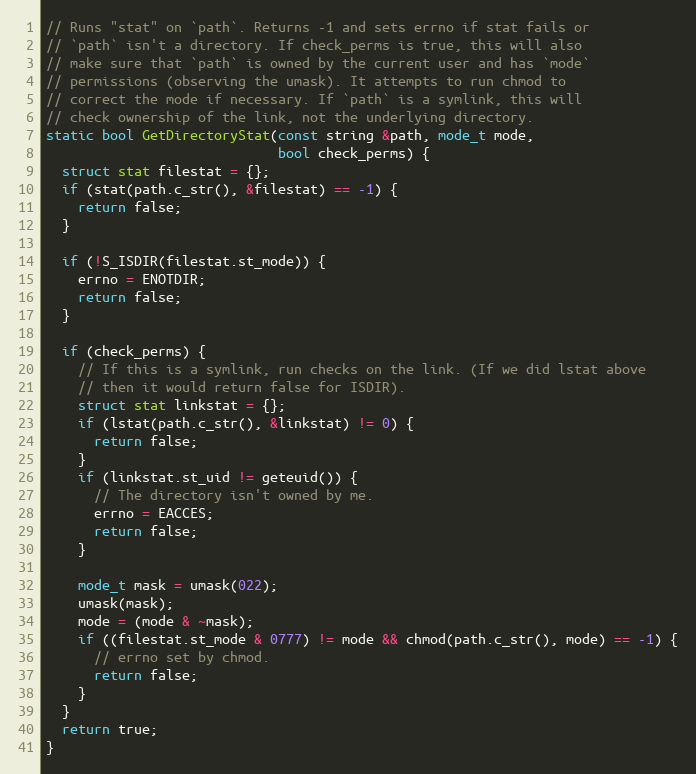
Language: C++
// Runs "stat" on `path`. Returns -1 and sets errno if stat fails or
// `path` isn't a directory. If check_perms is true, this will also
// make sure that `path` is owned by the current user and has `mode`
// permissions (observing the umask). It attempts to run chmod to
// correct the mode if necessary. If `path` is a symlink, this will
// check ownership of the link, not the underlying directory.
static bool GetDirectoryStat(const string &path, mode_t mode,
                             bool check_perms) {
  struct stat filestat = {};
  if (stat(path.c_str(), &filestat) == -1) {
    return false;
  }

  if (!S_ISDIR(filestat.st_mode)) {
    errno = ENOTDIR;
    return false;
  }

  if (check_perms) {
    // If this is a symlink, run checks on the link. (If we did lstat above
    // then it would return false for ISDIR).
    struct stat linkstat = {};
    if (lstat(path.c_str(), &linkstat) != 0) {
      return false;
    }
    if (linkstat.st_uid != geteuid()) {
      // The directory isn't owned by me.
      errno = EACCES;
      return false;
    }

    mode_t mask = umask(022);
    umask(mask);
    mode = (mode & ~mask);
    if ((filestat.st_mode & 0777) != mode && chmod(path.c_str(), mode) == -1) {
      // errno set by chmod.
      return false;
    }
  }
  return true;
}